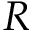
R